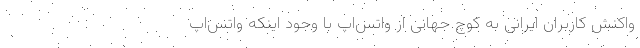
واکنش کاربران ایرانی به کوچ جهانی از واتس‌اپ با وجود اینکه واتس‌اپ